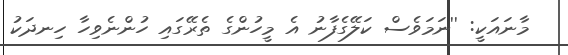
މާނައަކީ: ''ނަމަވެސް ކަލޭގެފާނު އެ މީހުންގެ ތެރޭގައި ހުންނެވިހާ ހިނދަކު